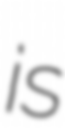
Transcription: is